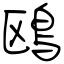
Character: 鴎